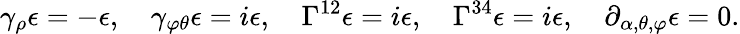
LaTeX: \gamma_{\rho}\epsilon=-\epsilon,\quad\gamma_{\varphi\theta}\epsilon=i\epsilon,\quad\Gamma^{12}\epsilon=i\epsilon,\quad\Gamma^{34}\epsilon=i\epsilon,\quad\partial_{\alpha,\theta,\varphi}\epsilon=0.